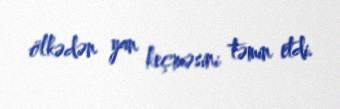
ölkədən yan keçməsini təmin etdi.